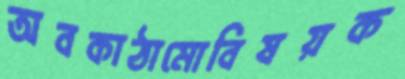
অবকাঠামোবিষয়ক